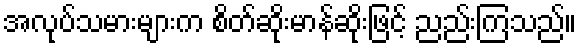
အလုပ်သမားများက စိတ်ဆိုးမာန်ဆိုးဖြင့် ညည်းကြသည်။